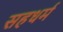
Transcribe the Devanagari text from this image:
सहधर्म